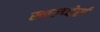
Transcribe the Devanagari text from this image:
स्कल्प्चेर्स